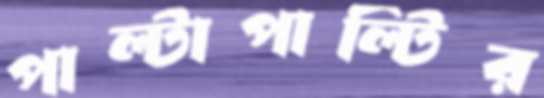
পাল্টাপাল্টির